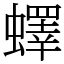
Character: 蠌